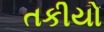
તકીયો